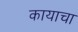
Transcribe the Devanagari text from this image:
कायाचा